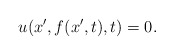
\begin{align*}u(x',f(x',t),t)=0.\end{align*}